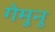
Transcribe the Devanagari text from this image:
गेमुनु